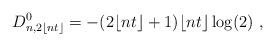
LaTeX: \begin{align*} D^0_{n, 2\lfloor nt \rfloor} &= - (2\lfloor nt \rfloor +1) \lfloor nt \rfloor \log(2)~, \end{align*}